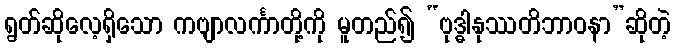
ရွတ်ဆိုလေ့ရှိသော ကဗျာလင်္ကာတို့ကို မူတည်၍ “ဗုဒ္ဓါနုဿတိဘာဝနာ”ဆိုတဲ့